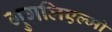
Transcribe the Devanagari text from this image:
गुगलिएल्मो